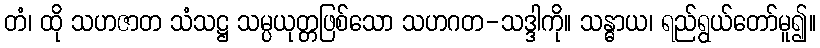
တံ၊ ထို သဟဇာတ သံသဋ္ဌ သမ္ပယုတ္တဖြစ်သော သဟဂတ-သဒ္ဒါကို။ သန္ဓာယ၊ ရည်ရွယ်တော်မူ၍။